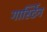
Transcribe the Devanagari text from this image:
गार्स्टिन